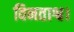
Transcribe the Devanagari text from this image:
विनताश्व।